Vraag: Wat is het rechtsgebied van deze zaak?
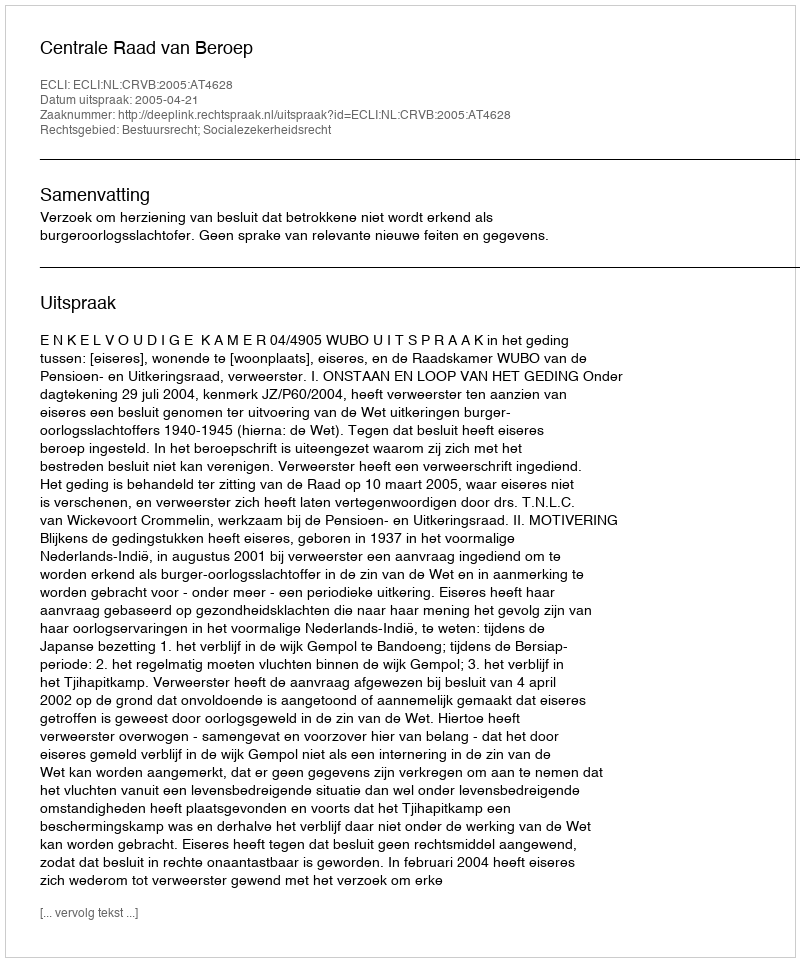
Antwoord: Bestuursrecht; Socialezekerheidsrecht